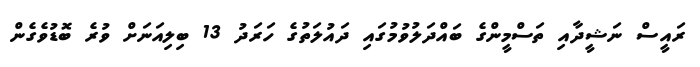
ރައީސް ނަޝީދާއި ތަސްމީންގެ ބައްދަލުވުމުގައި ދައުލަތުގެ ހަރަދު 13 ބިލިއަނަށް ވުރެ ބޮޑުވެގެން